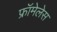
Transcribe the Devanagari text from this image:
फ्रॉमेलेस